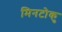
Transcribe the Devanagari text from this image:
मिनटोकु